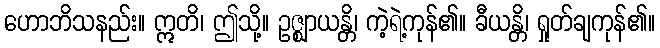
ဟောဘိသနည်း။ ဣတိ၊ ဤသို့။ ဥဇ္ဈာယန္တိ၊ ကဲ့ရဲ့ကုန်၏။ ခီယန္တိ၊ ရှုတ်ချကုန်၏။